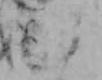
む